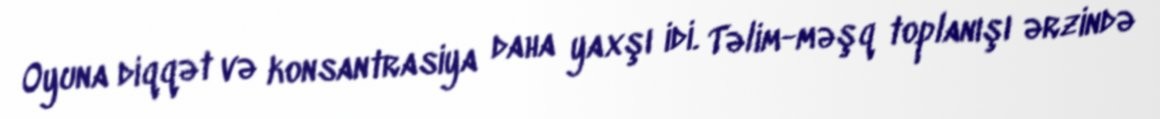
Oyuna diqqət və konsantrasiya daha yaxşı idi. Təlim-məşq toplanışı ərzində